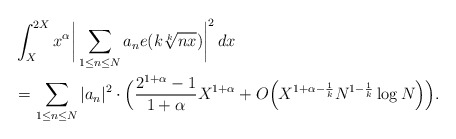
\begin{align*} & \int_{X}^{2X} x^{\alpha} \bigg|\sum_{1 \le n \le N} a_n e(k \sqrt[k]{nx}) \bigg|^2 \, dx \\& = \sum_{1 \le n \le N} |a_n|^2 \cdot\Big(\frac{2^{1+\alpha}-1}{1+\alpha} X^{1+\alpha}+O\Big(X^{1+\alpha-\frac1k} N^{1-\frac1k} \log N \Big)\Big) .\end{align*}